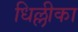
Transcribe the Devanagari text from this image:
धिल्लीका